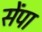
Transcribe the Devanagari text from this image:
सेंपा